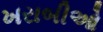
ખરાબીઓ